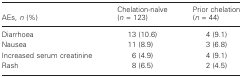
<table><thead><tr><td><b>AEs, <i>n</i> (%)</b></td><td><b>Chelation-naïve (<i>n</i> = 123)</b></td><td><b>Prior chelation (<i>n</i> = 44)</b></td></tr></thead><tbody><tr><td>Diarrhoea</td><td>13 (10.6)</td><td>4 (9.1)</td></tr><tr><td>Nausea</td><td>11 (8.9)</td><td>3 (6.8)</td></tr><tr><td>Increased serum creatinine</td><td>6 (4.9)</td><td>4 (9.1)</td></tr><tr><td>Rash</td><td>8 (6.5)</td><td>2 (4.5)</td></tr></tbody></table>